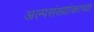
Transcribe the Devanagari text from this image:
अल्पसंख्यांकाच्या